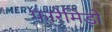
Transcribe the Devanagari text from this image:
फारेमिड़ो